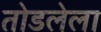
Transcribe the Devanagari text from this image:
तोडलेला